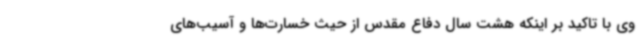
وی با تاکید بر اینکه هشت سال دفاع مقدس از حیث خسارت‌ها و آسیب‌های